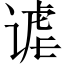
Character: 谑